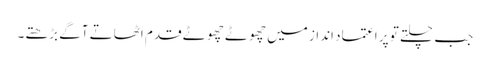
جب چلتے تو پر اعتماد انداز میں چھوٹے چھوٹے قدم اٹھاتے آگے بڑھتے۔